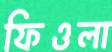
ফিওলা